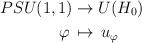
LaTeX: \begin{align*}PSU(1,1)&\to U(H_0)\\\varphi\,&\mapsto\, u_\varphi\end{align*}